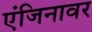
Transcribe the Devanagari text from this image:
एंजिनावर